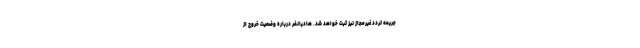
جریمه تردد غیرمجاز نیز ثبت خواهد شد. هادیانفر درباره وضعیت خروج از